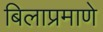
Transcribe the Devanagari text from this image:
बिलाप्रमाणे